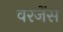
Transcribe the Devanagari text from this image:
वरजेंस